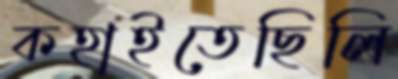
কহাইতেছিলি